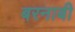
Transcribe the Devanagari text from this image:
बरनाबी